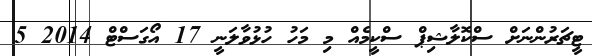
ޓީޗަރުންނަށް ސްކޮލާޝިޕް ސްކީމެއް މި މަހު ހުޅުވާލަނީ 17 އޯގަސްޓް 2014 5